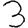
Digit: 3